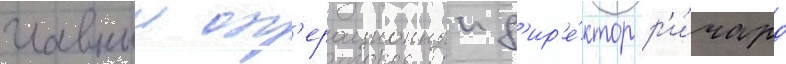
главныи оп'ерационныи д'ир'е́ктор р'и́чард